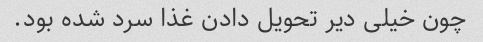
چون خیلی دیر تحویل دادن غذا سرد شده بود.